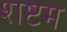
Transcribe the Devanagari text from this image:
शष्टम